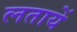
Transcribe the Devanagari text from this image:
लतायें